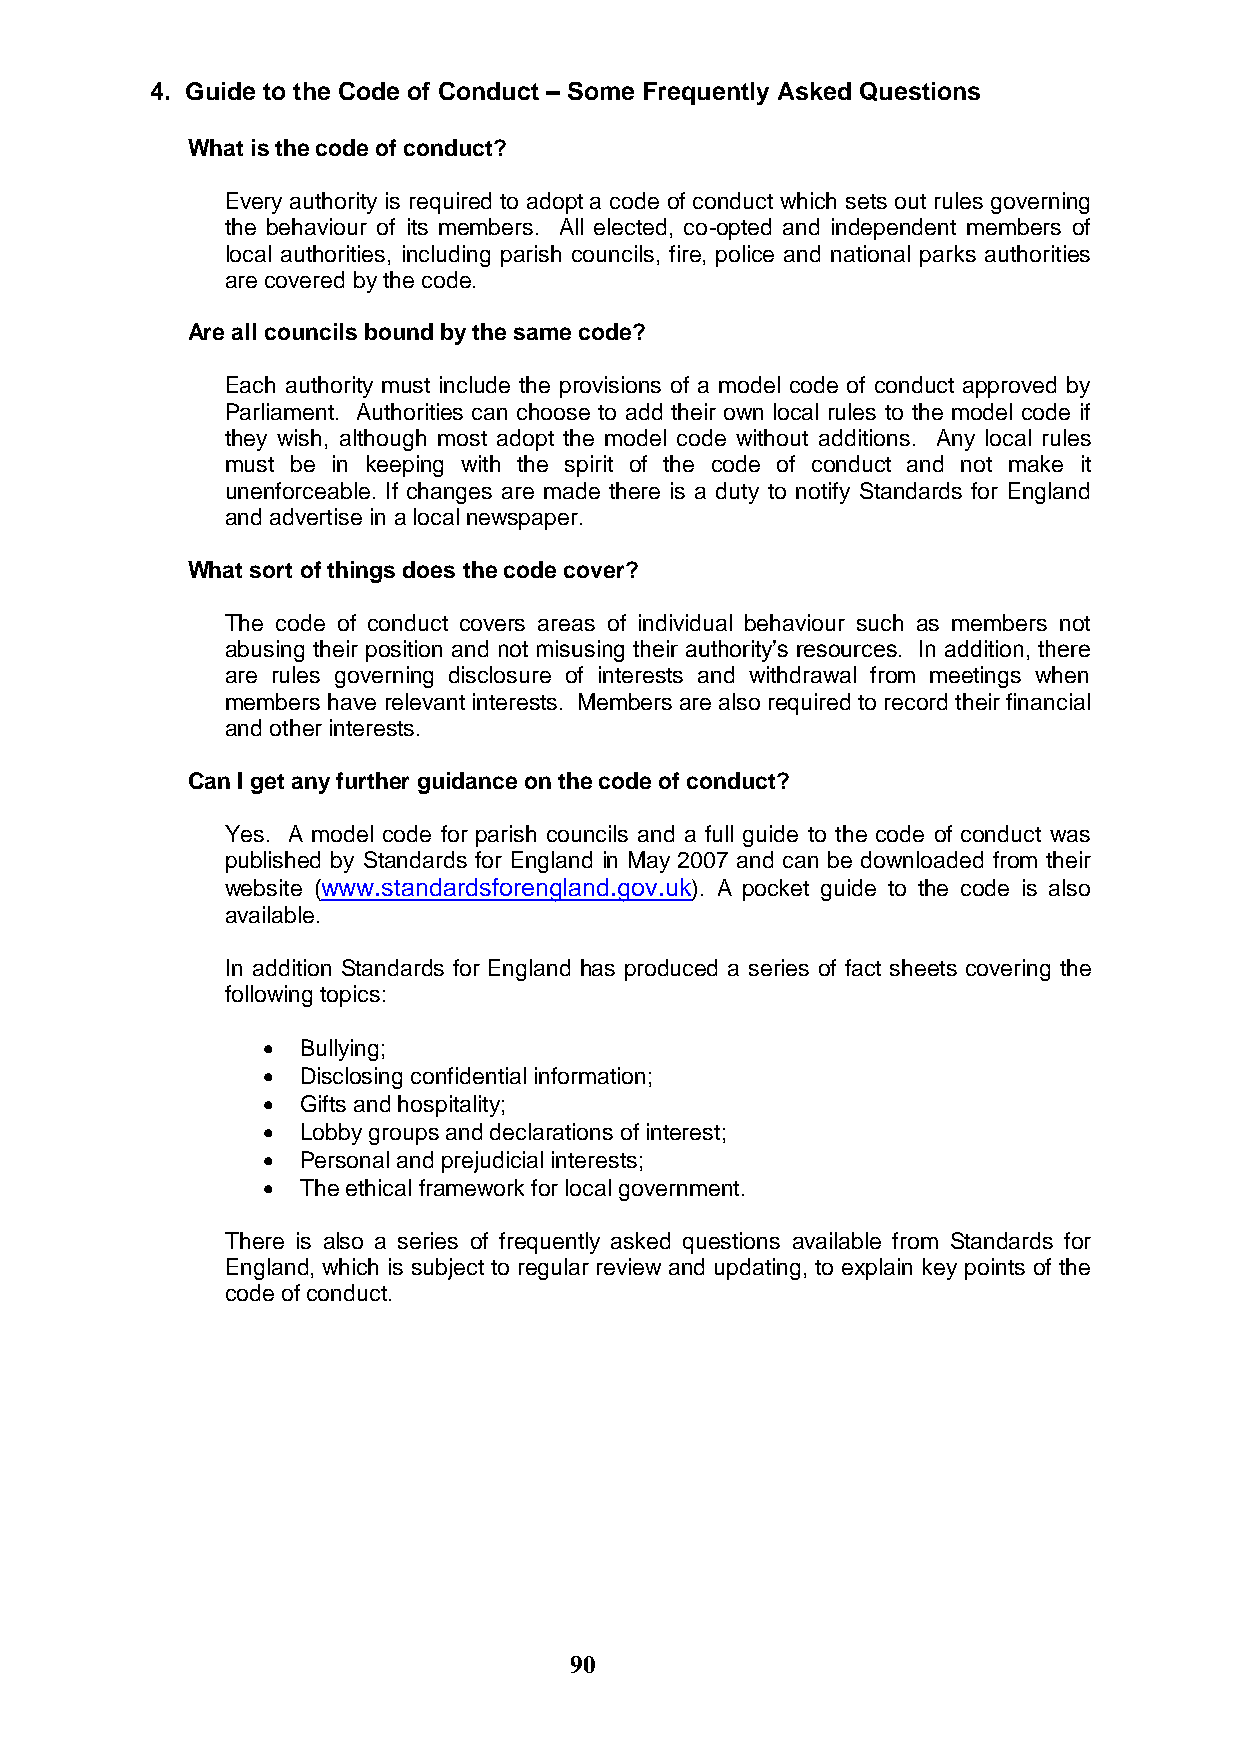
4. Guide to the Code of Conduct – Some Frequently Asked Questions
 What is the code of conduct?
 Every authority is required to adopt a code of conduct which sets out rules governing
 the behaviour of its members. All elected, co-opted and independent members of
 local authorities, including parish councils, fire, police and national parks authorities
 are covered by the code.
 Are all councils bound by the same code?
 Each authority must include the provisions of a model code of conduct approved by
 Parliament. Authorities can choose to add their own local rules to the model code if
 they wish, although most adopt the model code without additions. Any local rules
 must be in keeping with the spirit of the code of conduct and not make it
 unenforceable. If changes are made there is a duty to notify Standards for England
 and advertise in a local newspaper.
 What sort of things does the code cover?
 The code of conduct covers areas of individual behaviour such as members not
 abusing their position and not misusing their authority‟s resources. In addition, there
 are rules governing disclosure of interests and withdrawal from meetings when
 members have relevant interests. Members are also required to record their financial
 and other interests.
 Can I get any further guidance on the code of conduct?
 Yes. A model code for parish councils and a full guide to the code of conduct was
 published by Standards for England in May 2007 and can be downloaded from their
 website (www.standardsforengland.gov.uk). A pocket guide to the code is also
 available.
 In addition Standards for England has produced a series of fact sheets covering the
 following topics:
   Bullying;
   Disclosing confidential information;
   Gifts and hospitality;
   Lobby groups and declarations of interest;
   Personal and prejudicial interests;
   The ethical framework for local government.
 There is also a series of frequently asked questions available from Standards for
 England, which is subject to regular review and updating, to explain key points of the
 code of conduct.
 90